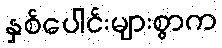
နှစ်ပေါင်းများစွာက